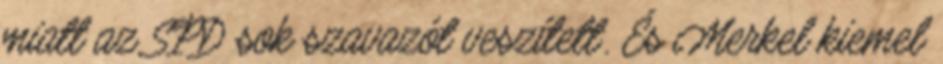
miatt az SPD sok szavazót veszített. És Merkel kiemel